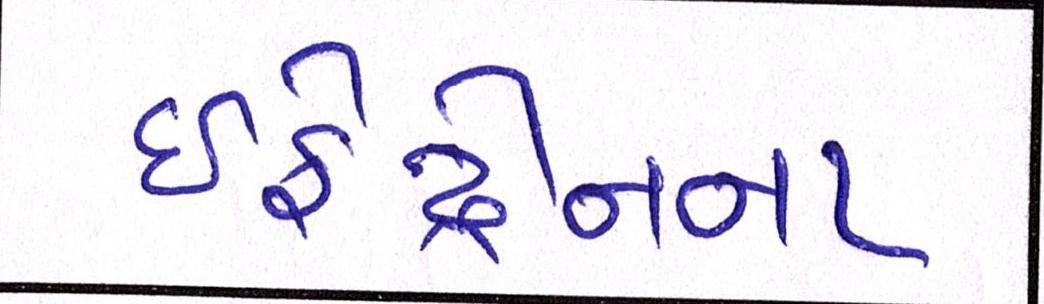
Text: ઇફેડ્રીનના